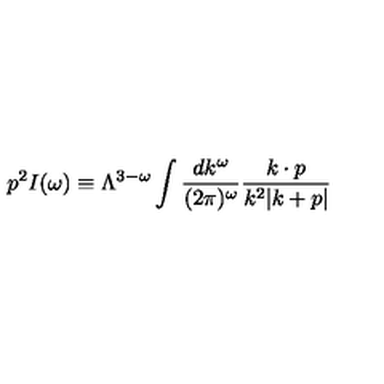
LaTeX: p ^ { 2 } I ( \omega ) \equiv \Lambda ^ { 3 - \omega } \int { \frac { d k ^ { \omega } } { ( 2 \pi ) ^ { \omega } } } { \frac { k \cdot p } { k ^ { 2 } | k + p | } }